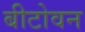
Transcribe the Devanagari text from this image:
बीटोवन